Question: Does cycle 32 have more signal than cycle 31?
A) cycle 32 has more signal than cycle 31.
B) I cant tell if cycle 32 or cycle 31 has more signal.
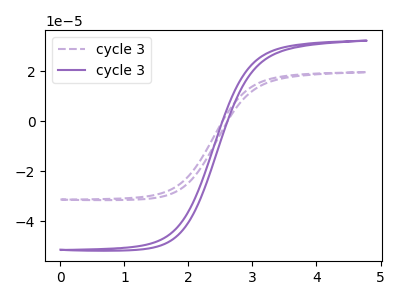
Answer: <think>The purple dashed curve "cycle 31" has no peaks. The purple curve "cycle 32" has no peaks.
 Neither "cycle 32" or "cycle 31" have any peaks.</think>
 <answer>B) I cant tell if "cycle 32" or "cycle 31" has more signal.</answer>
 <eval>B</eval>